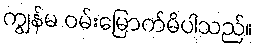
ကျွန်မ ဝမ်းမြောက်မိပါသည်။